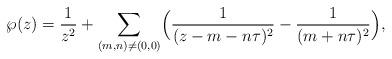
LaTeX: \begin{align*}\wp(z)=\frac{1}{z^{2}}+\sum_{(m,n)\neq(0,0)}\Bigl(\frac{1}{(z-m-n\tau)^{2}}-\frac{1}{(m+n\tau)^{2}}\Bigr), \end{align*}